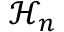
{ \mathcal { H } } _ { n }